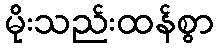
မိုးသည်းထန်စွာ